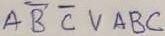
Text: ABCVABC